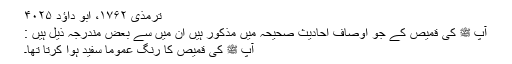
ترمذی ۱۷۶۲، ابو داؤد ۴۰۲۵
آپ ﷺ کی قمیص کے جو اوصاف احادیث صحیحہ میں مذکور ہیں ان میں سے بعض مندرجہ ذیل ہیں :
آپ ﷺ کی قمیص کا رنگ عموماً سفید ہوا کرتا تھا۔